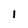
Character: 1